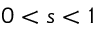
0 < s < 1